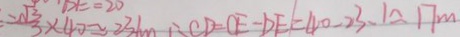
= \frac { - \sqrt { 3 } } { 3 } \times 4 0 \approx 2 3 . 1 m \therefore C D = O E - D E = 4 0 - 2 3 . 1 \approx 1 7 m